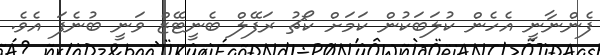
ފެންނާނީ އެހެން ކުލަބަކުން ކަމަށް ކޯޗު ރަފޭލް ބެނީޓޭޒް ވަނީ ބުނެފަ އެވެ.